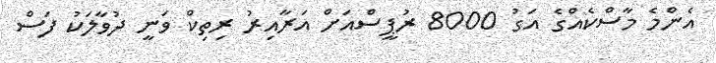
އެންމެ މާސްކެއްގެ އަގު 8000 ރުޕީސްއަށް އަރާއިރު ރިތިކް ވަނީ ދުވާލަކު ފަސް